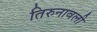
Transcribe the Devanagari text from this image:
तिरुनावली